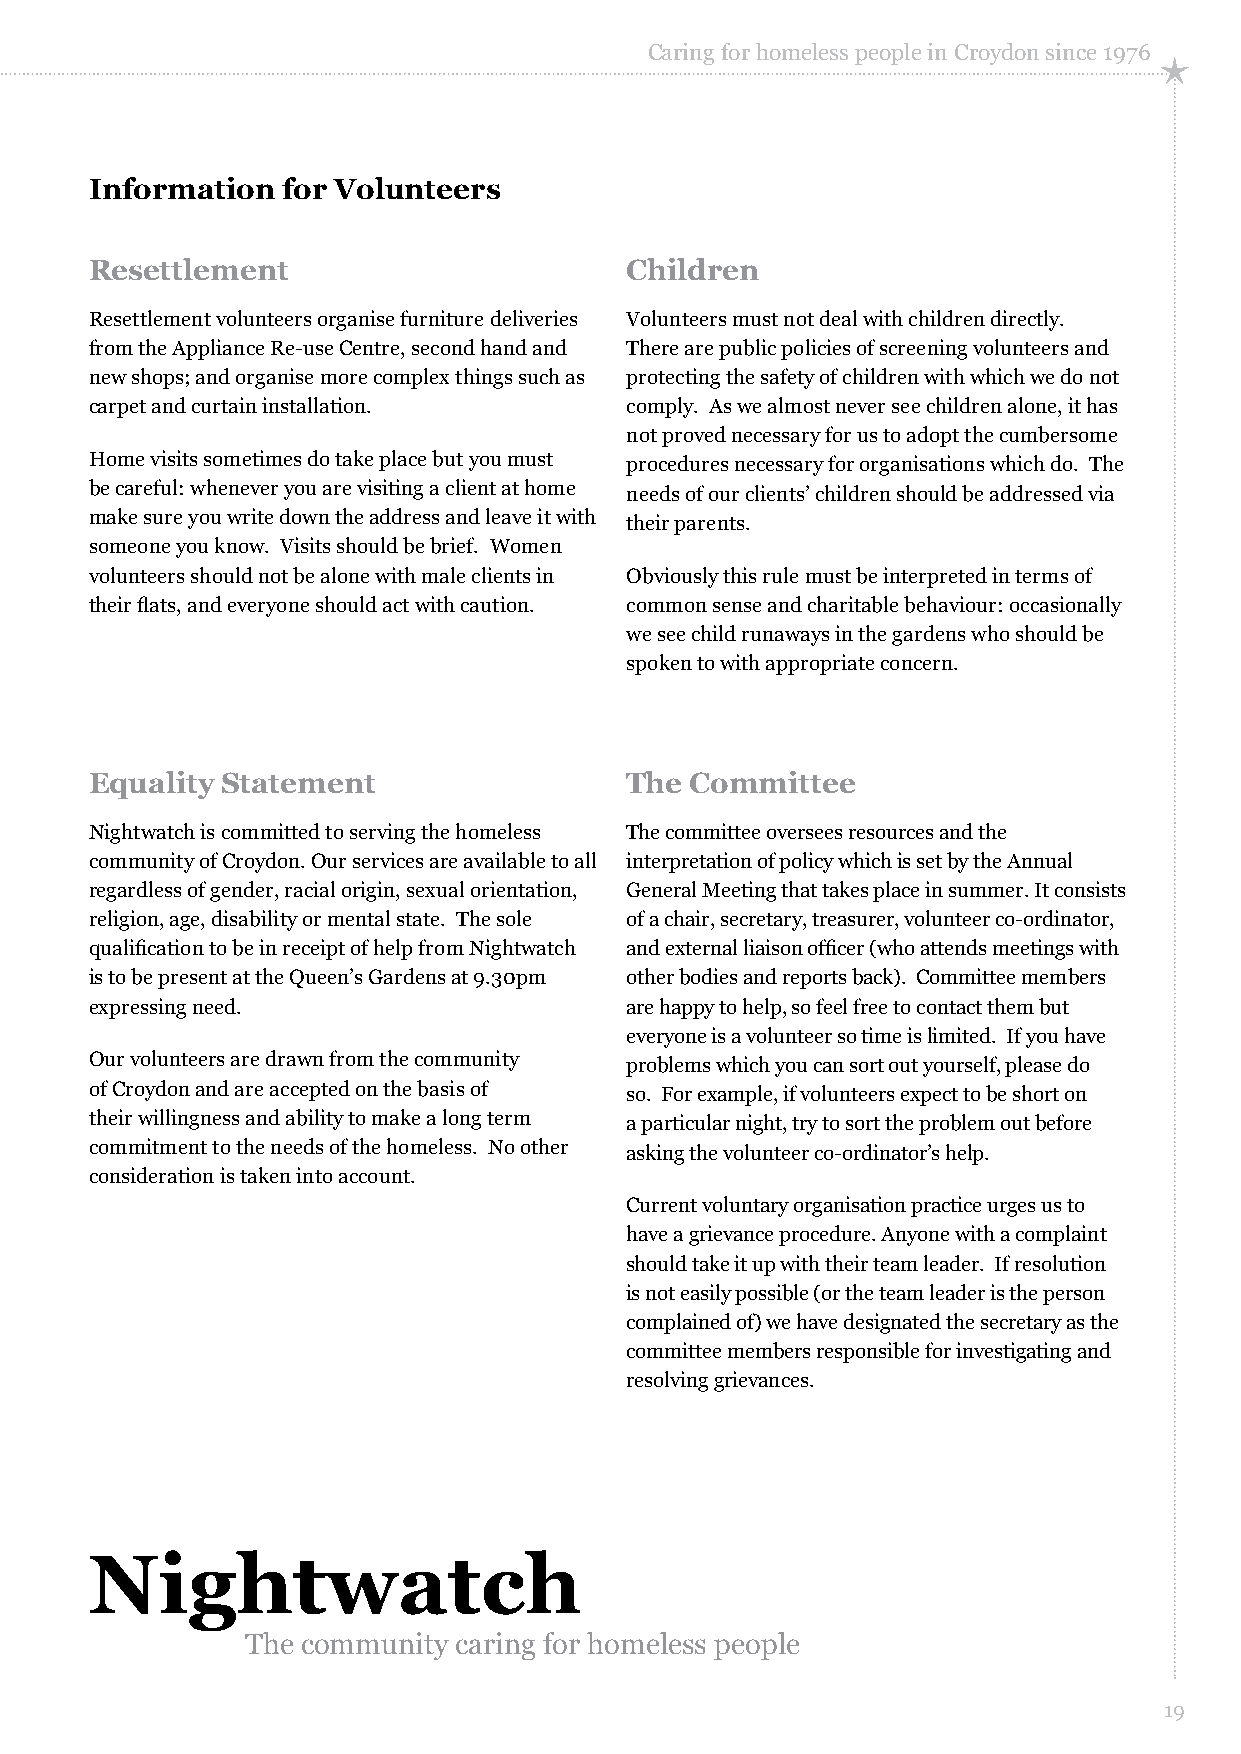
Caring for homeless people in Croydon since 1976
 Information  for Volunteers
 Resettlement                       Children
 Resettlement volunteers organise furniture deliveries Volunteers must not deal with children directly.
 from the Appliance Re-use Centre, second hand and There are public policies of screening volunteers and
 new shops; and organise more complex things such as protecting the safety of children with which we do not
 carpet and curtain installation.   comply. As we almost never see children alone, it has
 not proved necessary for us to adopt the cumbersome
 Home visits sometimes do take place but you must procedures necessary for organisations which do. The
 be careful: whenever you are visiting a client at home needs of our clients’ children should be addressed via
 make sure you write down the address and leave it with their parents.
 someone you know. Visits should be brief. Women
 volunteers should not be alone with male clients in Obviously this rule must be interpreted in terms of
 their flats, and everyone should act with caution. common sense and charitable behaviour: occasionally
 we see child runaways in the gardens who should be
 spoken to with appropriate concern.
 Equality Statement                 The  Committee
 Nightwatch is committed to serving the homeless The committee oversees resources and the
 community of Croydon. Our services are available to all interpretation of policy which is set by the Annual
 regardless of gender, racial origin, sexual orientation, General Meeting that takes place in summer. It consists
 religion, age, disability or mental state. The sole of a chair, secretary, treasurer, volunteer co-ordinator,
 qualification to be in receipt of help from Nightwatch and external liaison officer (who attends meetings with
 is to be present at the Queen’s Gardens at 9.30pm other bodies and reports back). Committee members
 expressing need.                   are happy to help, so feel free to contact them but
 everyone is a volunteer so time is limited. If you have
 Our volunteers are drawn from the community problems which you can sort out yourself, please do
 of Croydon and are accepted on the basis of so. For example, if volunteers expect to be short on
 their willingness and ability to make a long term a particular night, try to sort the problem out before
 commitment to the needs of the homeless. No other asking the volunteer co-ordinator’s help.
 consideration is taken into account.
 Current voluntary organisation practice urges us to
 have a grievance procedure. Anyone with a complaint
 should take it up with their team leader. If resolution
 is not easily possible (or the team leader is the person
 complained of) we have designated the secretary as the
 committee members responsible for investigating and
 resolving grievances.
 Nightwatch
 The community caring for homeless people
 19